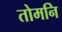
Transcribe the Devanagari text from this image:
तोमनि